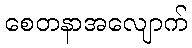
စေတနာအလျောက်